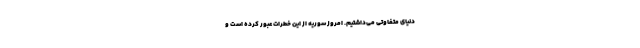
دنیای متفاوتی می‌داشتیم. امروز سوریه از این خطرات عبور کرده است و